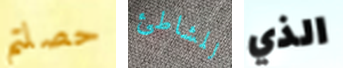
حصلتم للشاطئ الذي